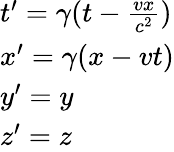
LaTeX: \begin{array}{l}{t^{\prime}=\gamma(t-\frac{vx}{c^{2}})}\\ {x^{\prime}=\gamma(x-vt)}\\ {y^{\prime}=y}\\ {z^{\prime}=z}\end{array}